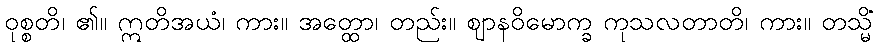
ဝုစ္စတိ၊ ၏။ ဣတိအယံ၊ ကား။ အတ္ထော၊ တည်း။ ဈာနဝိမောက္ခ ကုသလတာတိ၊ ကား။ တသ္မိံ